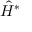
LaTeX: { \hat { H } } ^ { * }